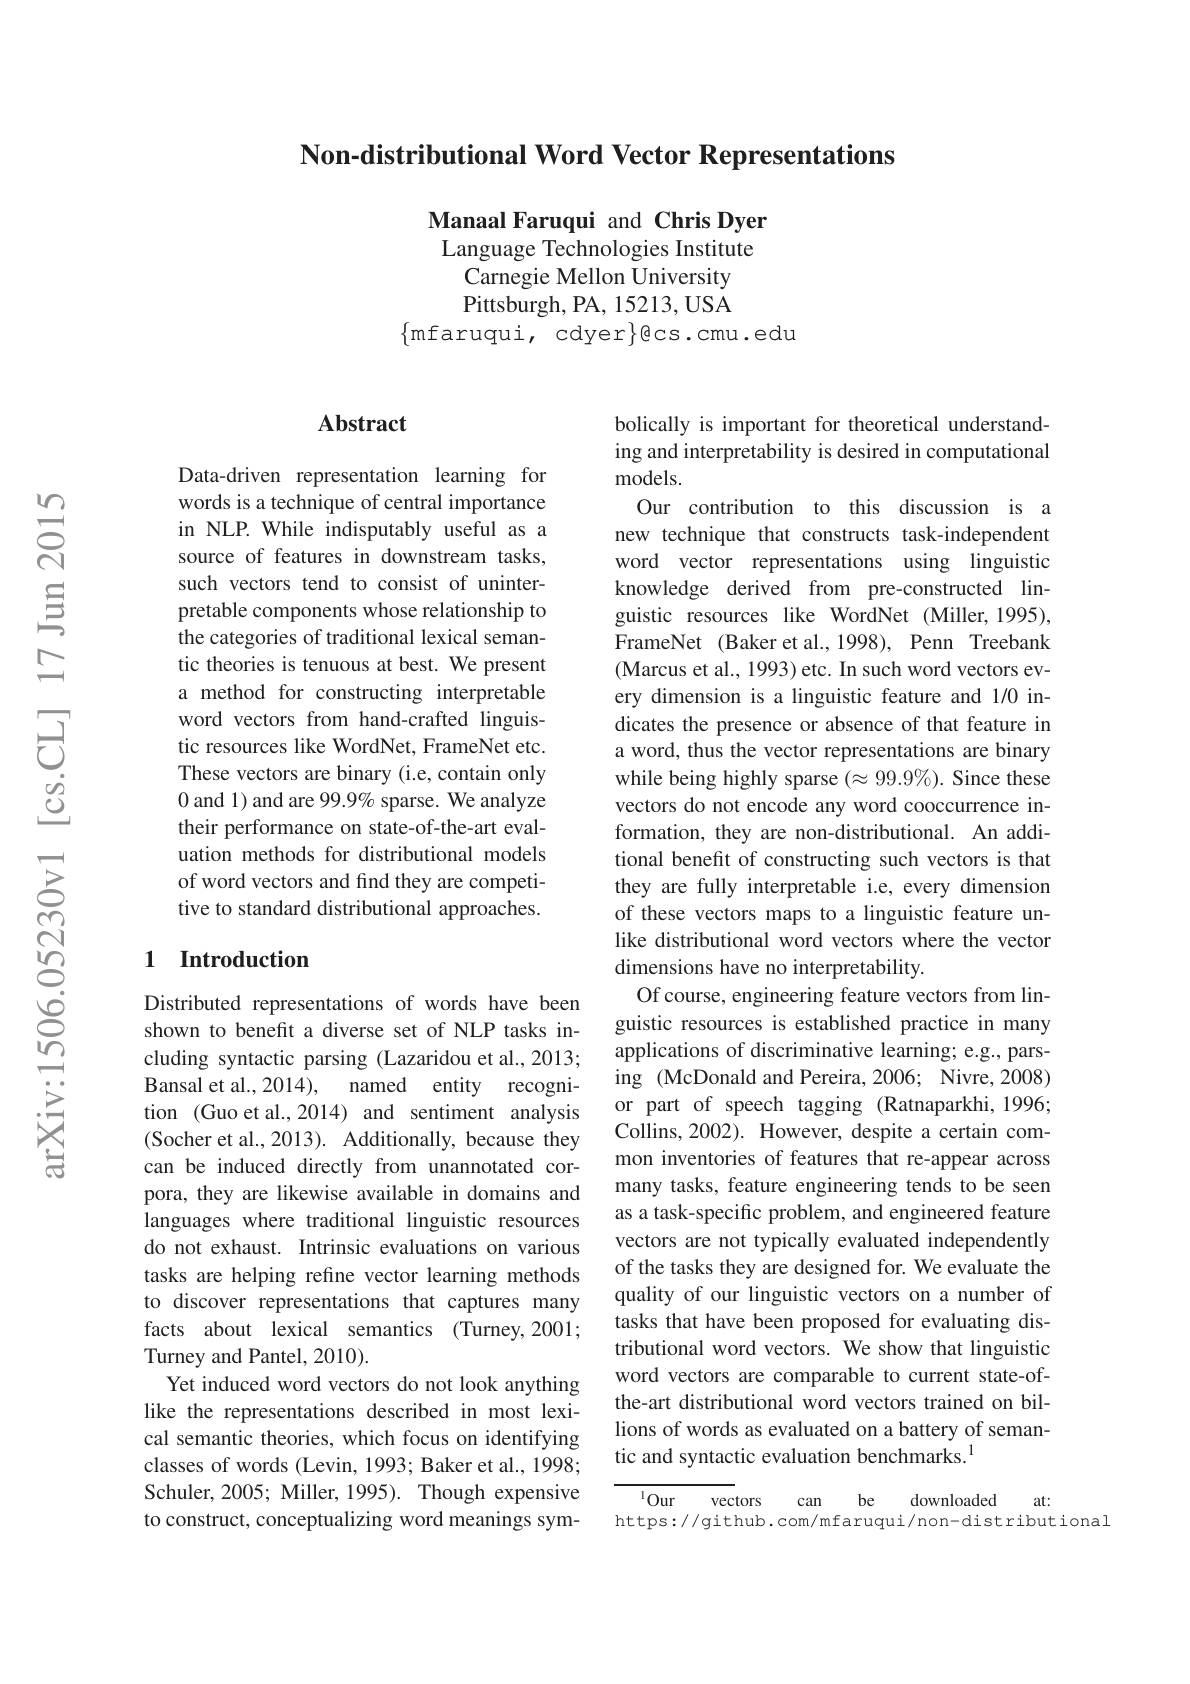
Non-distributional Word Vector Representations

Manaal Faruqui and Chris Dyer Language Technologies Institute
Carnegie Mellon University Pittsburgh, PA, 15213, USA
$\{$mfaruqui, cdyer$\}$ecs.cmu.edu

### $\mathbf{Abstract}$

Data-driven representation learning for words is a technique of central importance in NLP. While indisputably useful as a source of features in downstream tasks, such vectors tend to consist of uninterpretable components whose relationship to the categories of traditional lexical semantic theories is tenuous at best. We present a method for constructing interpretable word vectors from hand-crafted linguistic resources like WordNet, FrameNet etc. These vectors are binary (i.e, contain only 0 and 1) and are 99.9% sparse. We analyze their performance on state-of-the-art evaluation methods for distributional models of word vectors and find they are competitive to standard distributional approaches.

## 1 Introduction

Distributed representations of words have been shown to benefit a diverse set of NLP tasks including syntactic parsing (Lazaridou et al., 2013; Bansal et al., 2014), named entity recognition (Guo et al., 2014) and sentiment analysis (Socher et al., 2013). Additionally, because they can be induced directly from unannotated corpora, they are likewise available in domains and languages where traditional linguistic resources do not exhaust. Intrinsic evaluations on various tasks are helping refine vector learning methods to discover representations that captures many facts about lexical semantics (Turney,2001; Turney and Pantel, 2010).
Yet induced word vectors do not look anything like the representations described in most lexical semantic theories, which focus on identifying classes of words (Levin, 1993; Baker et al., 1998; Schuler, 2005; Miller, 1995). Though expensive to construct, conceptualizing word meanings sym-

bolically is important for theoretical understanding and interpretability is desired in computational models.

Our contribution to this discussion is a new technique that constructs task-independent word vector representations using linguistic knowledge derived from pre-constructed linguistic resources like WordNet (Miller,1995), FrameNet (Baker et al.,1998), Penn Treebank (Marcus et al., 1993) etc. In such word vectors every dimension is a linguistic feature and 1/0 indicates the presence or absence of that feature in a word, thus the vector representations are binary while being highly sparse $(\approx99.9\%).$ Since these vectors do not encode any word cooccurrence information, they are non-distributional. An additional benefit of constructing such vectors is that they are fully interpretable i.e, every dimension of these vectors maps to a linguistic feature unlike distributional word vectors where the vector dimensions have no interpretability.
Of course, engineering feature vectors from linguistic resources is established practice in many applications of discriminative learning; e.g., parsing (McDonald and Pereira, 2006; Nivre, 2008) or part of speech tagging (Ratnaparkhi,1996; Collins, 2002). However, despite a certain common inventories of features that re-appear across many tasks, feature engineering tends to be seen as a task-specific problem, and engineered feature vectors are not typically evaluated independently of the tasks they are designed for. We evaluate the quality of our linguistic vectors on a number of tasks that have been proposed for evaluating distributional word vectors. We show that linguistic word vectors are comparable to current state-ofthe-art distributional word vectors trained on billions of words as evaluated on a battery of semantic and syntactic evaluation benchmarks.$^{1}$

$^{1}Our$
vectors
can be   downloaded
at:
https://github.com/mfaruqui/non-distributional